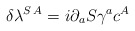
\begin{align*}\delta \lambda^{S\, A}=i\partial_a S \gamma^a c^A \end{align*}